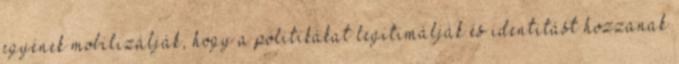
egyének mobilizálják, hogy a politikákat legitimálják és identitást hozzanak